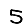
Digit: 5